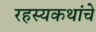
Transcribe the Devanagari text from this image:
रहस्यकथांचे